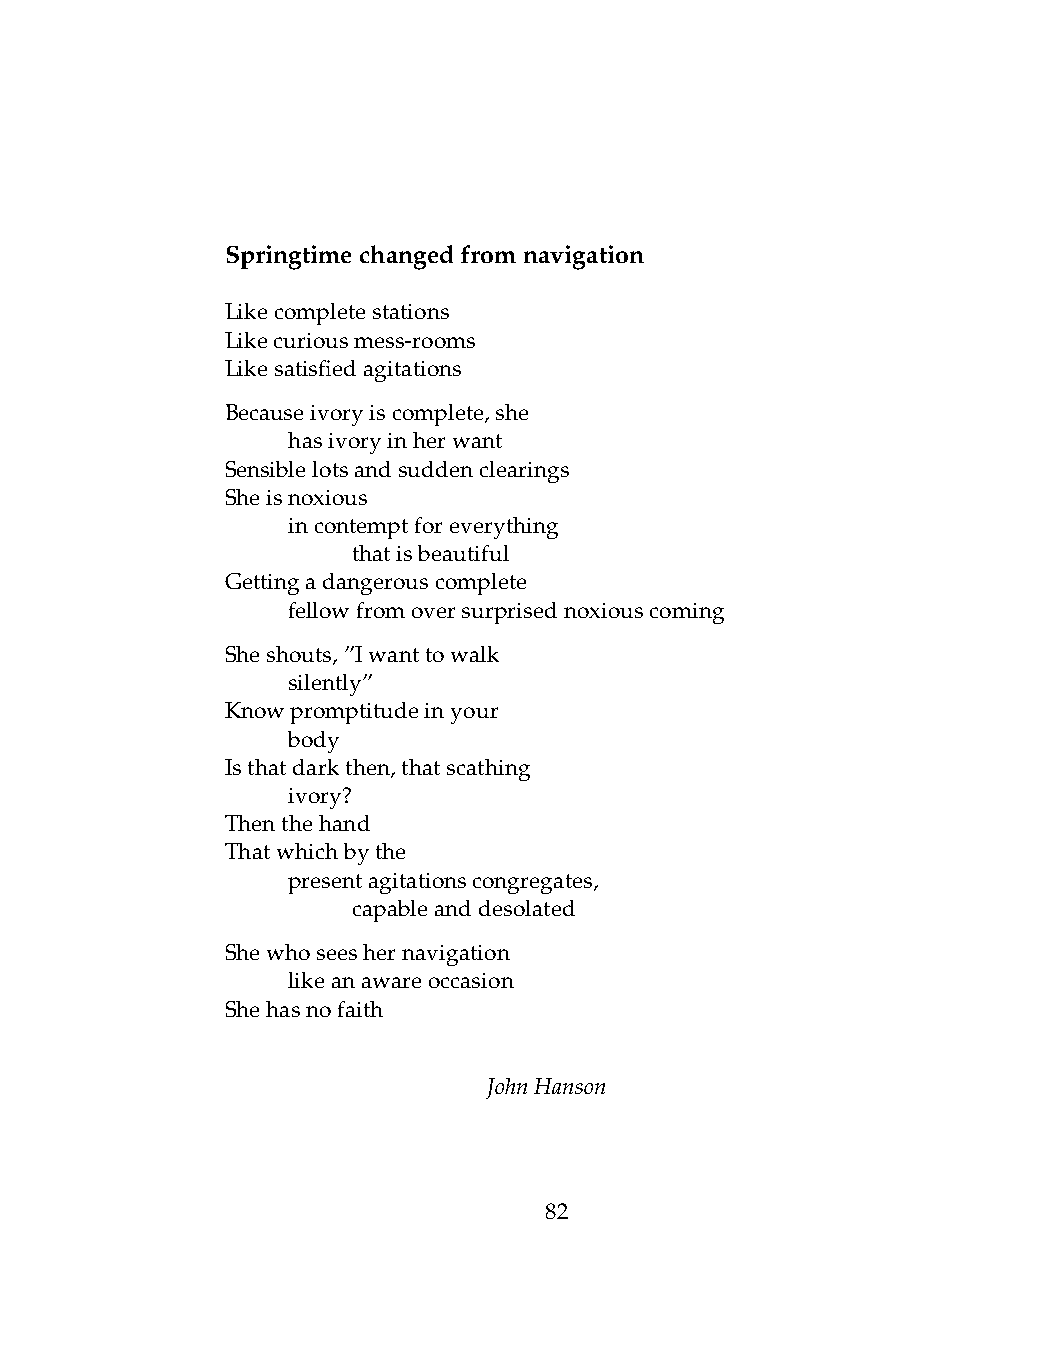
Springtimechangedfromnavigation
 Likecompletestations
 Likecuriousmess-rooms
 Likesatisfiedagitations
 Becauseivoryiscomplete,she
 .   hasivoryinherwant
 Sensiblelotsandsuddenclearings
 Sheisnoxious
 .   incontemptforeverything
 .   .   thatisbeautiful
 Gettingadangerouscomplete
 .   fellowfromoversurprisednoxiouscoming
 Sheshouts,”Iwanttowalk
 .   silently”
 Knowpromptitudeinyour
 .   body
 Isthatdarkthen,thatscathing
 .   ivory?
 Thenthehand
 Thatwhichbythe
 .   presentagitationscongregates,
 .   .   capableanddesolated
 Shewhoseeshernavigation
 .   likeanawareoccasion
 Shehasnofaith
 JohnHanson
 82